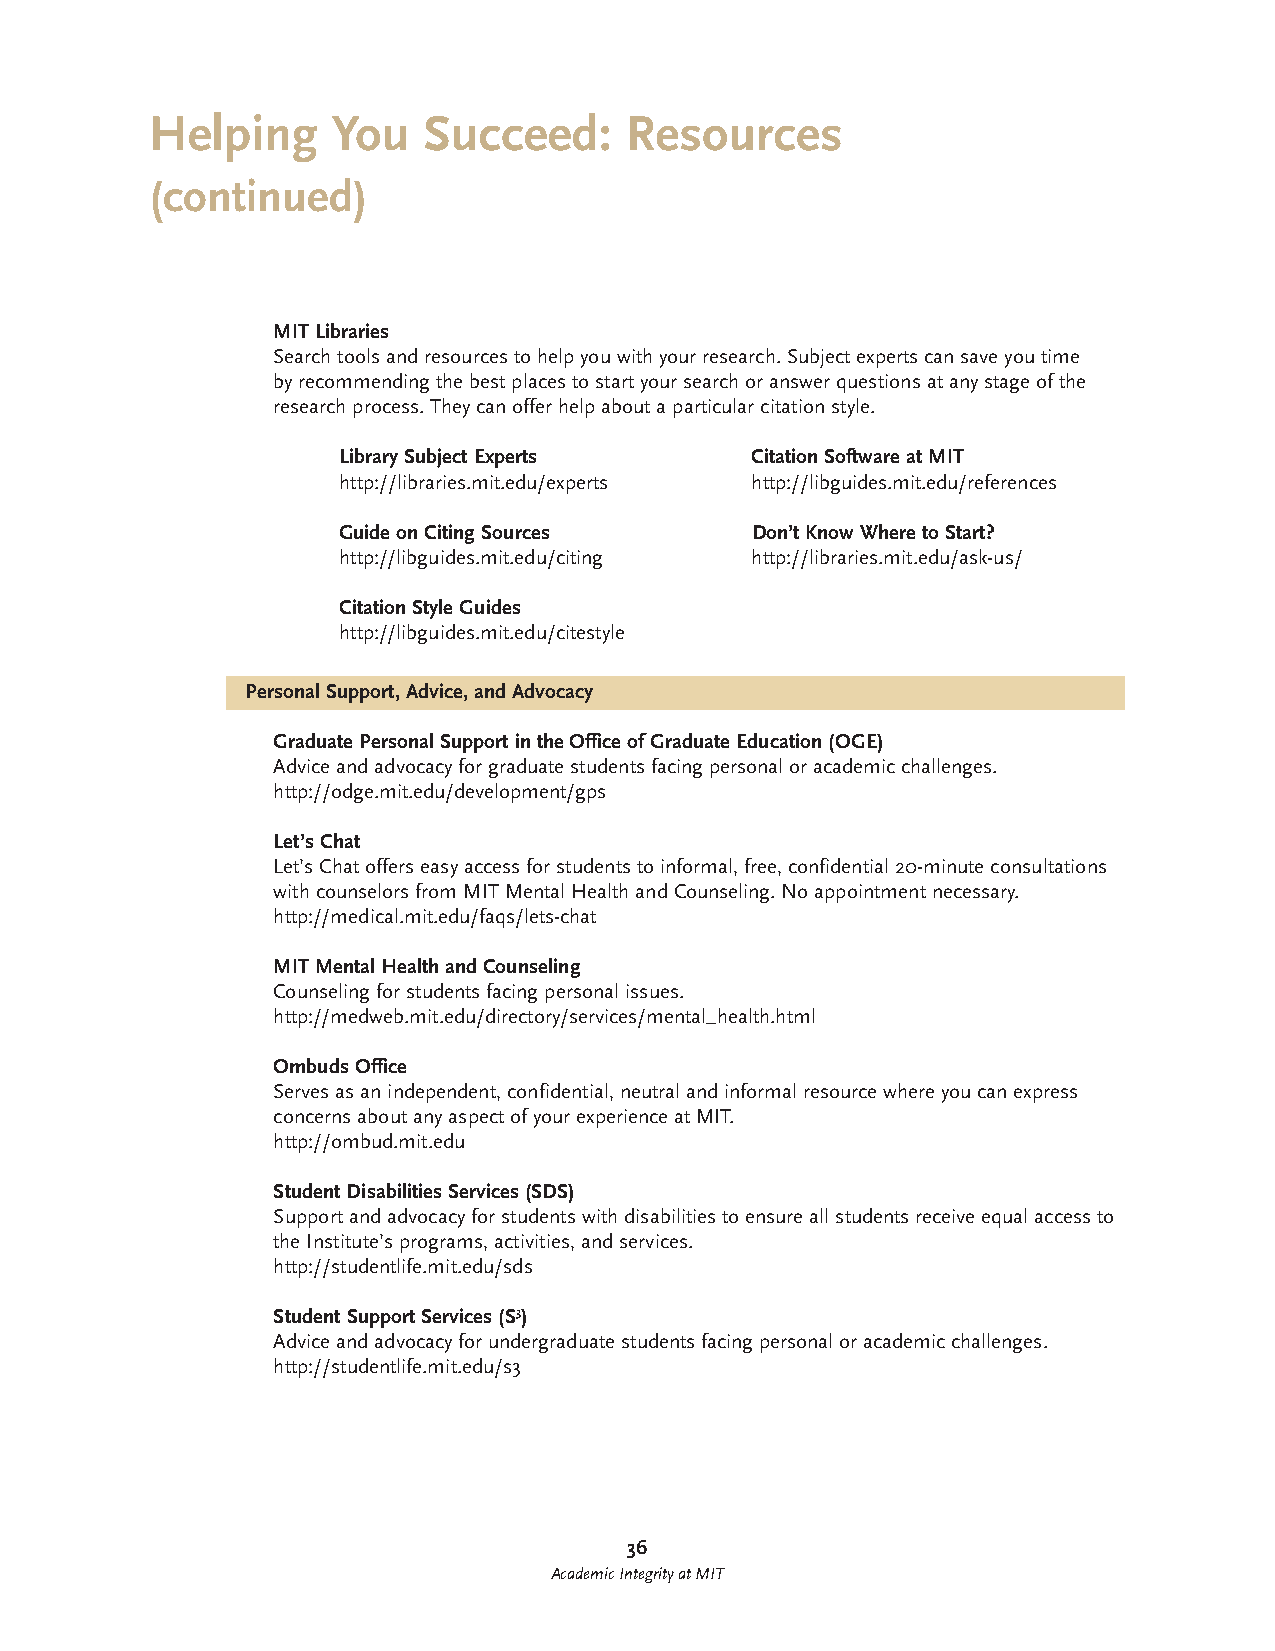
Helping     You   Succeed:     Resources
 (continued)
 MIT Libraries
 Search tools and resources to help you with your research. Subject experts can save you time
 by recommending the best places to start your search or answer questions at any stage of the
 research process. They can offer help about a particular citation style.
 Library Subject Experts     Citation Software at MIT
 http://libraries.mit.edu/experts http://libguides.mit.edu/references
 Guide on Citing Sources     Don’t Know Where to Start?
 http://libguides.mit.edu/citing http://libraries.mit.edu/ask-us/
 Citation Style Guides
 http://libguides.mit.edu/citestyle
 Personal Support, Advice, and Advocacy
 Graduate Personal Support in the Office of Graduate Education (OGE)
 Advice and advocacy for graduate students facing personal or academic challenges.
 http://odge.mit.edu/development/gps
 Let’s Chat
 Let’s Chat offers easy access for students to informal, free, confidential 20-minute consultations
 with counselors from MIT Mental Health and Counseling. No appointment necessary.
 http://medical.mit.edu/faqs/lets-chat
 MIT Mental Health and Counseling
 Counseling for students facing personal issues.
 http://medweb.mit.edu/directory/services/mental_health.html
 Ombuds Office
 Serves as an independent, confidential, neutral and informal resource where you can express
 concerns about any aspect of your experience at MIT.
 http://ombud.mit.edu
 Student Disabilities Services (SDS)
 Support and advocacy for students with disabilities to ensure all students receive equal access to
 the Institute’s programs, activities, and services.
 http://studentlife.mit.edu/sds
 Student Support Services (S3)
 Advice and advocacy for undergraduate students facing personal or academic challenges.
 http://studentlife.mit.edu/s3
 36
 Academic Integrity at MIT